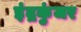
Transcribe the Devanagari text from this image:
इंद्रकुंजर